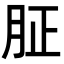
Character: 𦙫